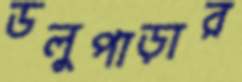
ডলুপাড়ার